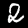
Label: 2